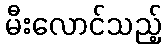
မီးလောင်သည့်